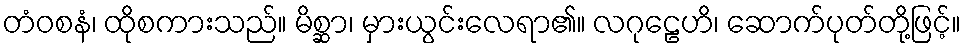
တံဝစနံ၊ ထိုစကားသည်။ မိစ္ဆာ၊ မှားယွင်းလေရာ၏။ လဂုဠေဟိ၊ ဆောက်ပုတ်တို့ဖြင့်။